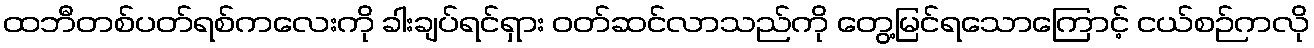
ထဘီတစ်ပတ်ရစ်ကလေးကို ခါးချပ်ရင်ရှား ဝတ်ဆင်လာသည်ကို တွေ့မြင်ရသောကြောင့် ငယ်စဉ်ကလို